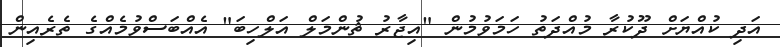
އަދި ކުއްޔަށް ދޫކުރާ މުއްދަތު ހަމަވުމުން "އިޖާރު ޘުންމަލް އަލްހިބަ" އެއްބަސްވުމެއްގެ ތެރެއިން